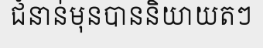
ជំនាន់មុនបាននិយាយតៗ